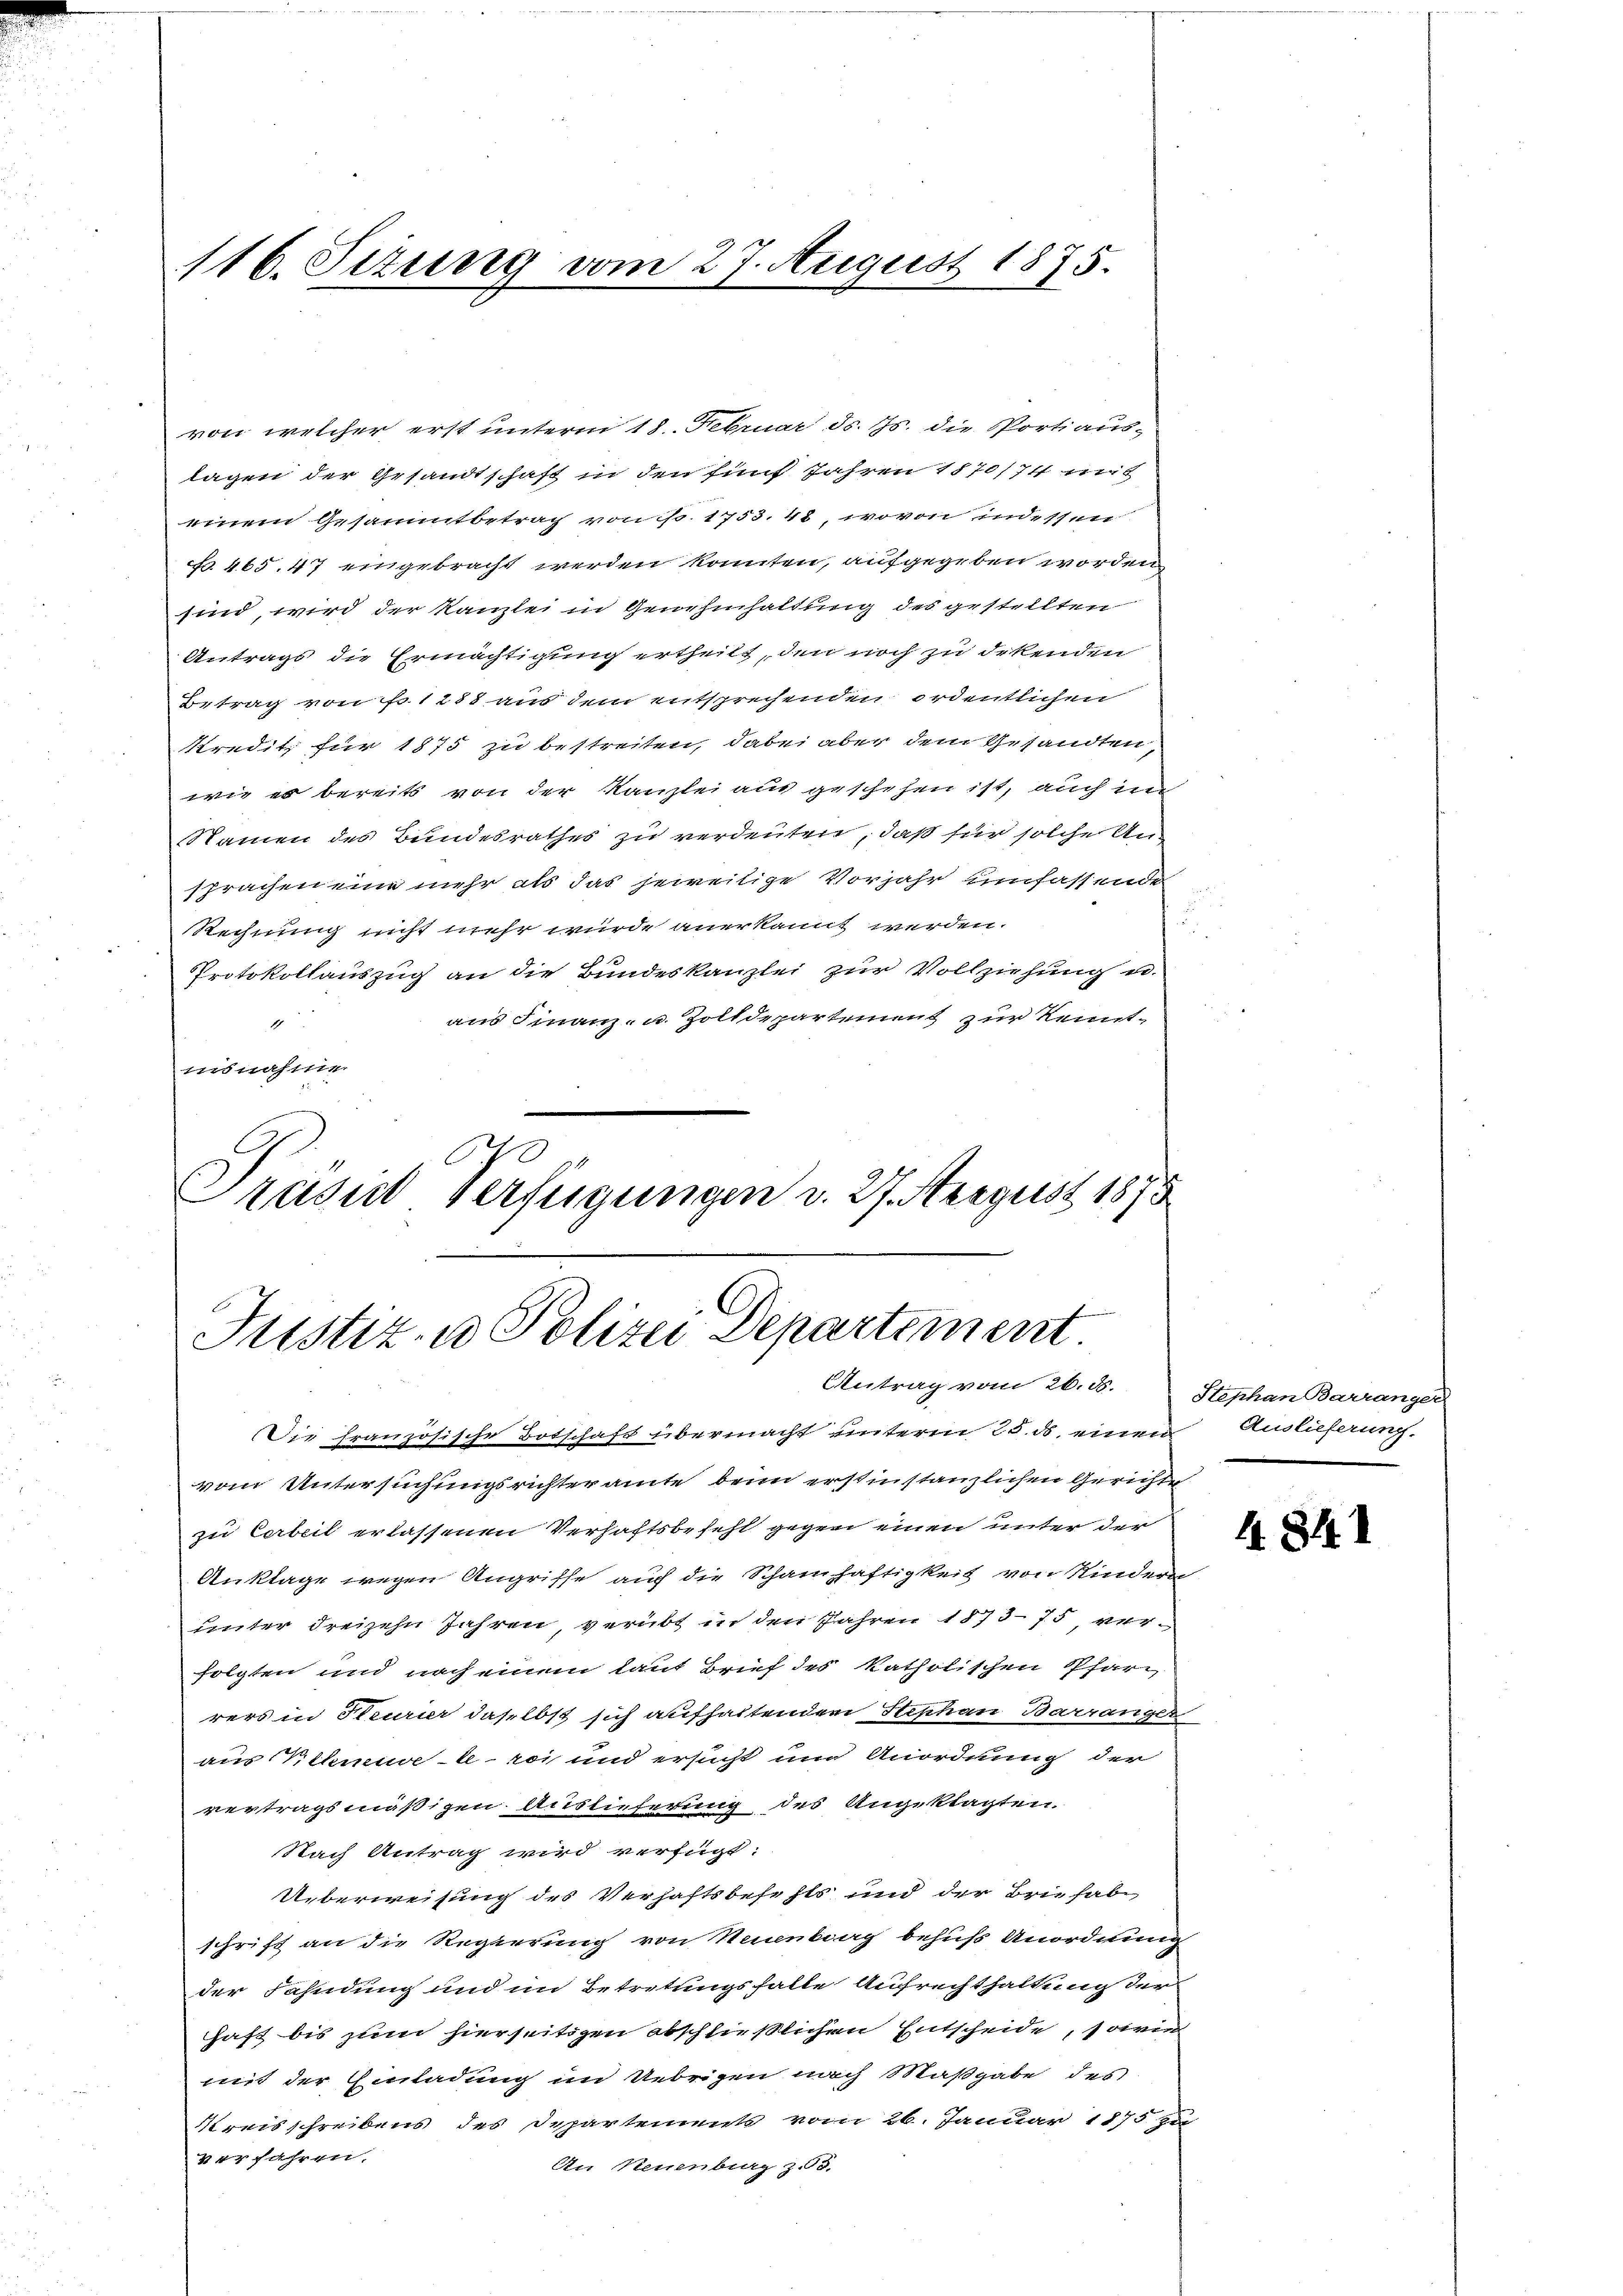
116. Sizung vom 27. August 1875.

von welcher erst unterm 18. Februar d. Js. die Portiaus-
lagen der Gesandtschaft in den fünf Jahren 1870/74 mit
einen Gesamtbetrag von so. 1753. 48, wovon indessen
No 465,47 eingebracht werden könnten, aufgegeben worden
sind, wird der Kanzlei in Genehmhaltung des gestellten
Antrags die Ermächtigung ertheilt, den noch zu Erkenden
Betrag von No 1288 aus dem entsprechenden ordentlichen
Predit für 1875 zu bestreiten, dabei aber dem Gesandten,
wie es bereits von der Kanzlei aus geschehen ist, auch in
Namen des Bundesrathes zu verdeuten, daß für solche Ansprachen eine mehr als das jeweilige Vorjahr umfassende
Rechnung nicht mehr wurde anerkannt werden.
Protokollauszug an die Bundeskanzlei zur Vollziehung u
aus Finanz- u. Zolldepartement zur Kennt¬
2
insnahme.
Präses Verfügungen v. 27. August 1875

Justiz- u Polizei Departement
Antrag vom 26. d. Stephan Barranger

Die französische Botschaft übermacht unterm 25. ds. einen Auslieferung.
vom Untersuchungsrichteramte beim erstinstanzlichen Gerichte
zu Cerbeit erlassenen Verhaftsbefehl gegen einen unter der
Anklage wegen Angriffe auch die Schainhaftigkeit von Kindern
unter dreizehn Jahren, verübt in den Jahren 187375 verfolgten und nach einem laut Brief des katholischen Pfarr
rers in Heurier daselbst sich aufhaltendere Stephan Barrangez
aus Sehneuvel sei und ersucht um Anordnung der
vertragsmäßigen Auslieferung des Angeklagten
Nach Antrag wird verfügt:
Ueberweisung des Verhaftsbefehls und der Brie habe
schrift an die Regierung von Neuenburg behufs Anordnung
der Fahndung und im Betretungsfalle Aufrechthaltung der
haft bis zum hierseitigen abschließlichen Entscheide, sowie
mit der Einladung im Uebrigen nach Maßgabe des
Kreisschreibens des Departement vom 26. Januar 1875 zu
Verfahren,
An Neuenburg z.8.

4841